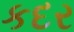
કદર